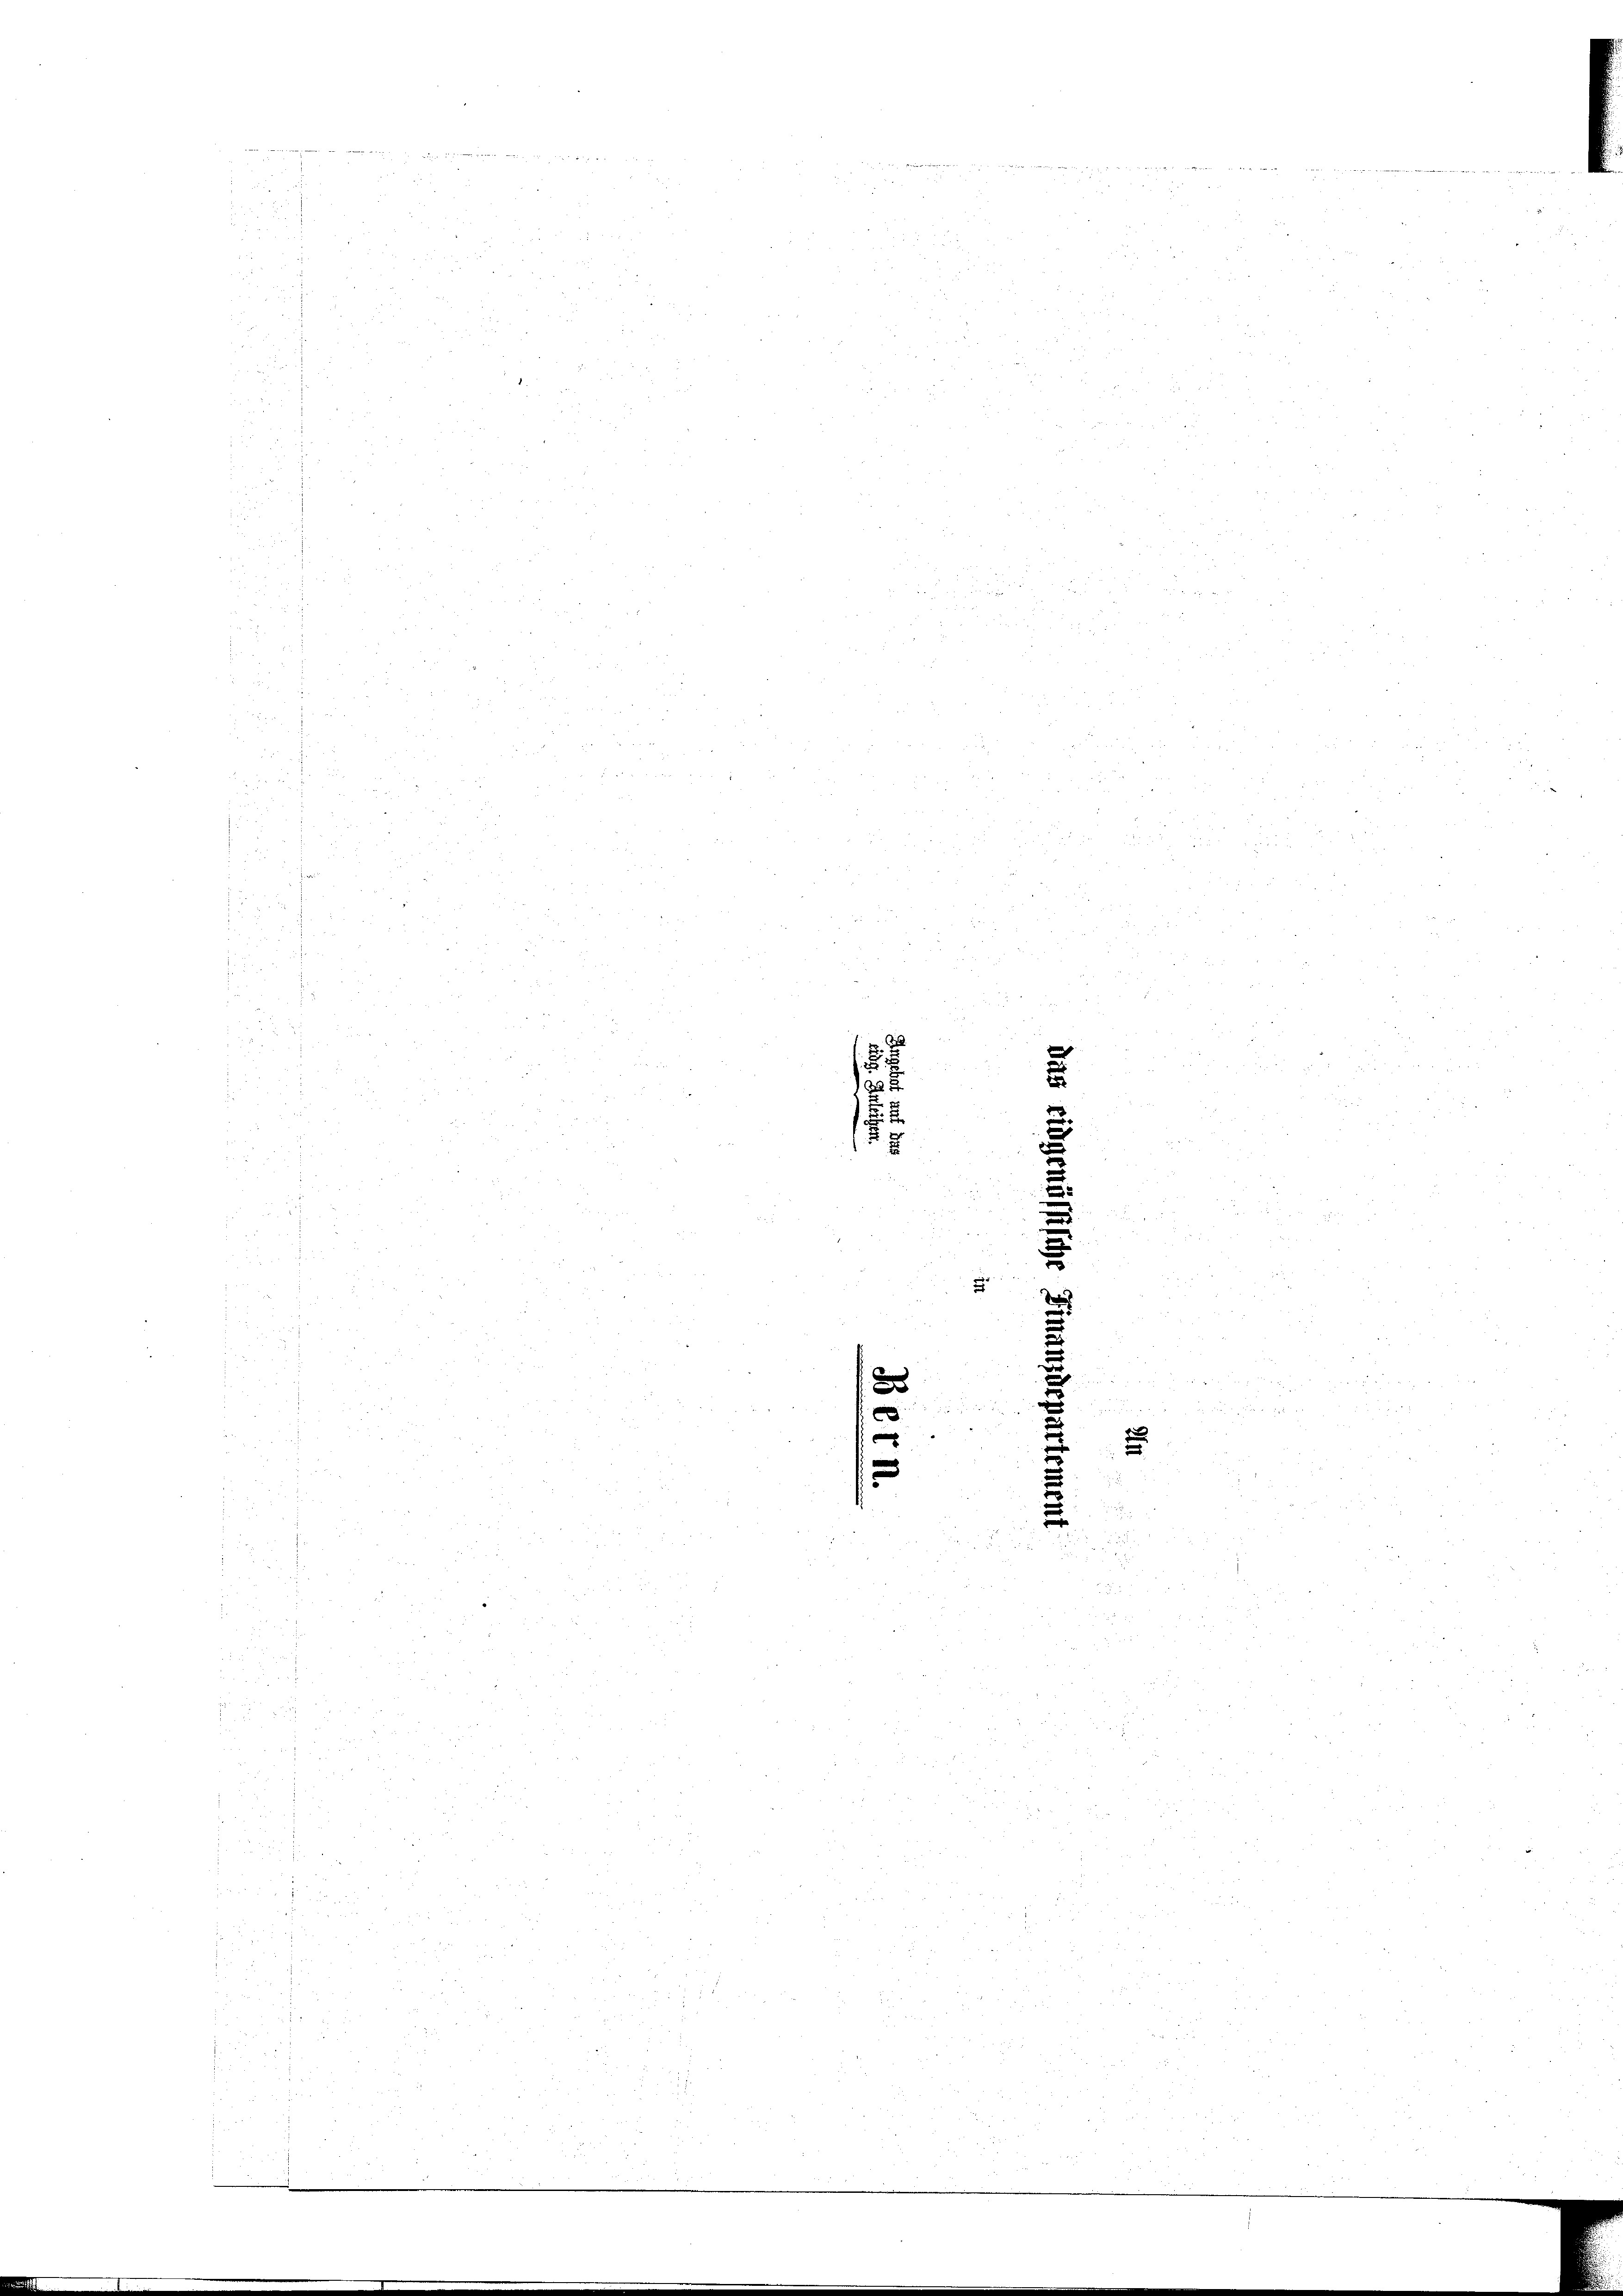
1

3

r
e
u

e
e